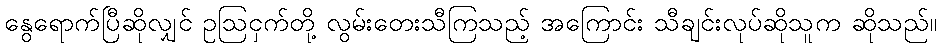
နွေရောက်ပြီဆိုလျှင် ဥဩငှက်တို့ လွမ်းတေးသီကြသည့် အကြောင်း သီချင်းလုပ်ဆိုသူက ဆိုသည်။